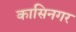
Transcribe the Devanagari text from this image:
कासिनगर